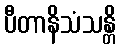
ပီတာနိသံသန္တိ